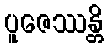
ပူဇေဿန္တိ